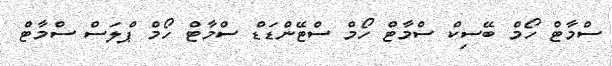
ސްމާޓް ހޯމް ބޭސިކް ސްމާޓް ހޯމް ސްޓޭންޑަޑް ސްމާޓް ހޯމް ޕްލަސް ސްމާޓް